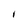
Character: I